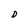
Character: D